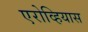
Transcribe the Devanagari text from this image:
एरोव्हियास